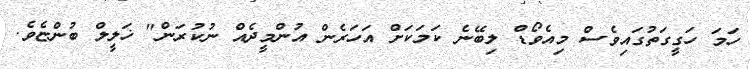
ހަމަ ހަގީގަތުގައިވެސް މިއެވޯޑް ލިބޭނެ ކަމަކަށް އަހަރެން އުންމީދެއް ނުކުރަން" ޚަލީލް ބުންޏެވެ.